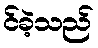
င်ခဲ့သည်